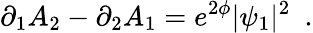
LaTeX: \partial_{1}A_{2}-\partial_{2}A_{1}=e^{2\phi}|\psi_{1}|^{2}~~.